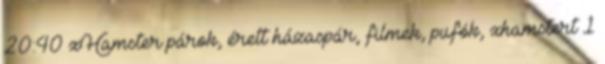
20:40 xHamster párok, érett házaspár, filmek, pufók, xhamstert 1